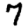
Digit: 7